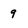
Character: 9